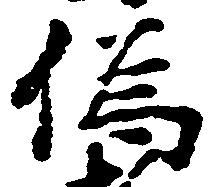
偽